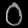
Digit: ၀